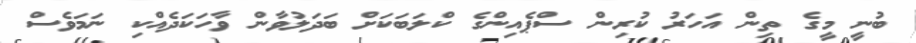
ބުނީ މީގެ ތިން އަހަރު ކުރިން ސްޕެއިންގެ ކްލަބަކަށް ބަދަލުވާން ވާހަކަދެއްކި ނަމަވެސް